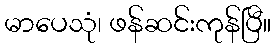
မာပေသုံ၊ ဖန်ဆင်းကုန်ပြီ။